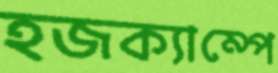
হজক্যাম্পে